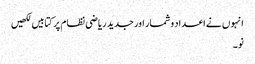
انہو ں نے اعداد وشمار اور جدید ریاضی نظام پر کتابیں لکھیں
نو۔